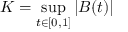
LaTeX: K = \operatorname* { s u p } _ { t \in [ 0 , 1 ] } | B ( t ) |